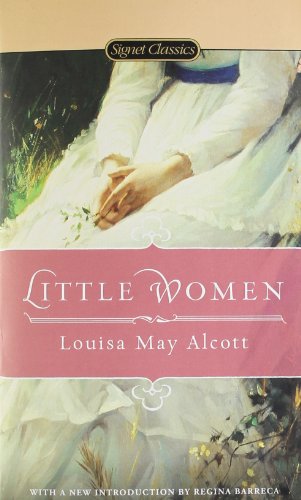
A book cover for Little Women (Signet Classics); Louisa May Alcott; Literature & Fiction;